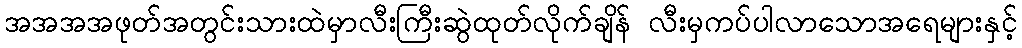
အအအအဖုတ်အတွင်းသားထဲမှာလီးကြီးဆွဲထုတ်လိုက်ချိန် လီးမှကပ်ပါလာသောအရေများနှင့်